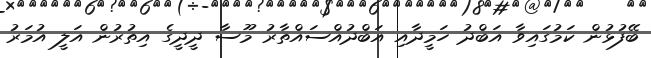
ބޭފުޅުން ކަމުގައިވާ އަބްދު ހަމީދާއި އަބްދުއްސައްތާރު މޫސާ ދީދީގެ އިތުރުން އަލީ އުމަރު